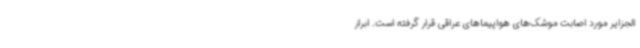
الجزایر مورد اصابت موشک‌های هواپیماهای عراقی قرار گرفته است. ابراز